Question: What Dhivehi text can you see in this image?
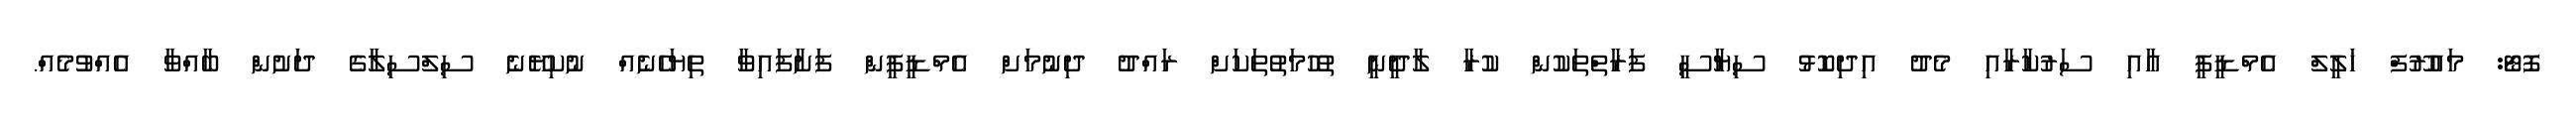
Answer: ފޮޓޯ: މައުރޫފް ޚަލީލް އެމްޑީޕީ އާއި ސަރުކާރާއި މެދު އިދިކޮޅު ސިޔާސީ ފަރާތްތަކުން ކުރާ ލާދީނީ ތުހުމަތުތަކަށް ރައްދު ދިނުމަށް އެމްޑީޕީން ފަށާފައިވާ ތިޔަހެނެއް ނުކިޔޭނެ ސިލްސިލާގެ ދަށުން ބާއްވާ އެއްވުމެއް.